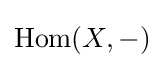
\operatorname {Hom} (X,-)